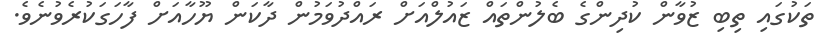
ތަކުގައި ތިބި ޒުވާން ކުދިންގެ ބެލުންތައް ޒައުލްއަށް ރައްދުވަމުން ދާކަން ޔޫހާއަށް ފާހަގަކުރެވުނެވެ.